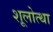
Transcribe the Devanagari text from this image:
शूलोत्था